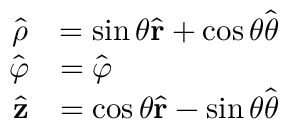
{ \begin{array} { r l } { { \hat { \boldsymbol { \rho } } } } & { = \sin \theta { \hat { \mathbf { r } } } + \cos \theta { \hat { \boldsymbol { \theta } } } } \\ { { \hat { \boldsymbol { \varphi } } } } & { = { \hat { \boldsymbol { \varphi } } } } \\ { { \hat { \mathbf { z } } } } & { = \cos \theta { \hat { \mathbf { r } } } - \sin \theta { \hat { \boldsymbol { \theta } } } } \end{array} }